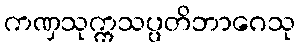
ကဏှသုက္ကသပ္ပတိဘာဂေသု